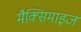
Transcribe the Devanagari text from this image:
मैक्सिमाइज